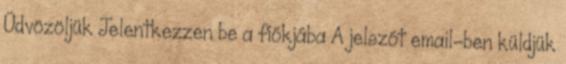
Üdvözöljük Jelentkezzen be a fiókjába A jelszót email-ben küldjük